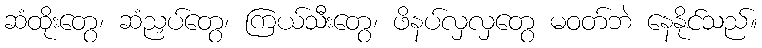
ဆံထိုးတွေ၊ ဆံညှပ်တွေ၊ ကြယ်သီးတွေ၊ ဖိနပ်လှလှတွေ မဝတ်ဘဲ နေနိုင်သည်။